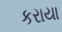
કરાયા